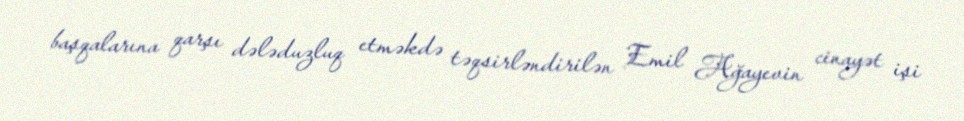
başqalarına qarşı dələduzluq etməkdə təqsirləndirilən Emil Ağayevin cinayət işi